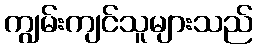
ကျွမ်းကျင်သူများသည်